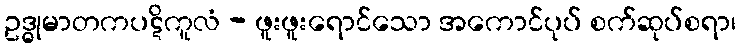
ဥဒ္ဓုမာတကပဋိကူလံ - ဖူးဖူးရောင်သော အကောင်ပုပ် စက်ဆုပ်စရာ၊